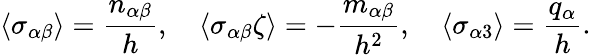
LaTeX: \langle\sigma_{\alpha\beta}\rangle=\frac{n_{\alpha\beta}}{h},\quad\langle\sigma_{\alpha\beta}\zeta\rangle=-\frac{m_{\alpha\beta}}{h^{2}},\quad\langle\sigma_{\alpha 3}\rangle=\frac{q_{\alpha}}{h}.